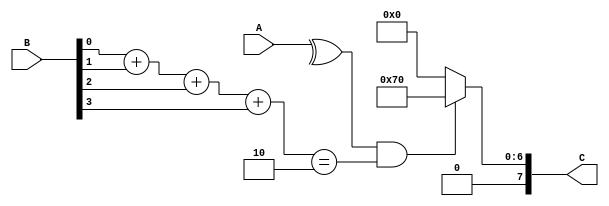
module exactly1(A,B,C);
	input [3:0] A, B;
	output reg [7:0] C;
	
	always@(A or B)
		begin
			if((^A) && (B[0]+B[1]+B[2]+B[3] == 2'b10))
				C = 8'b1110000;
			else
				C = 8'b0000000;
		end	

endmodule